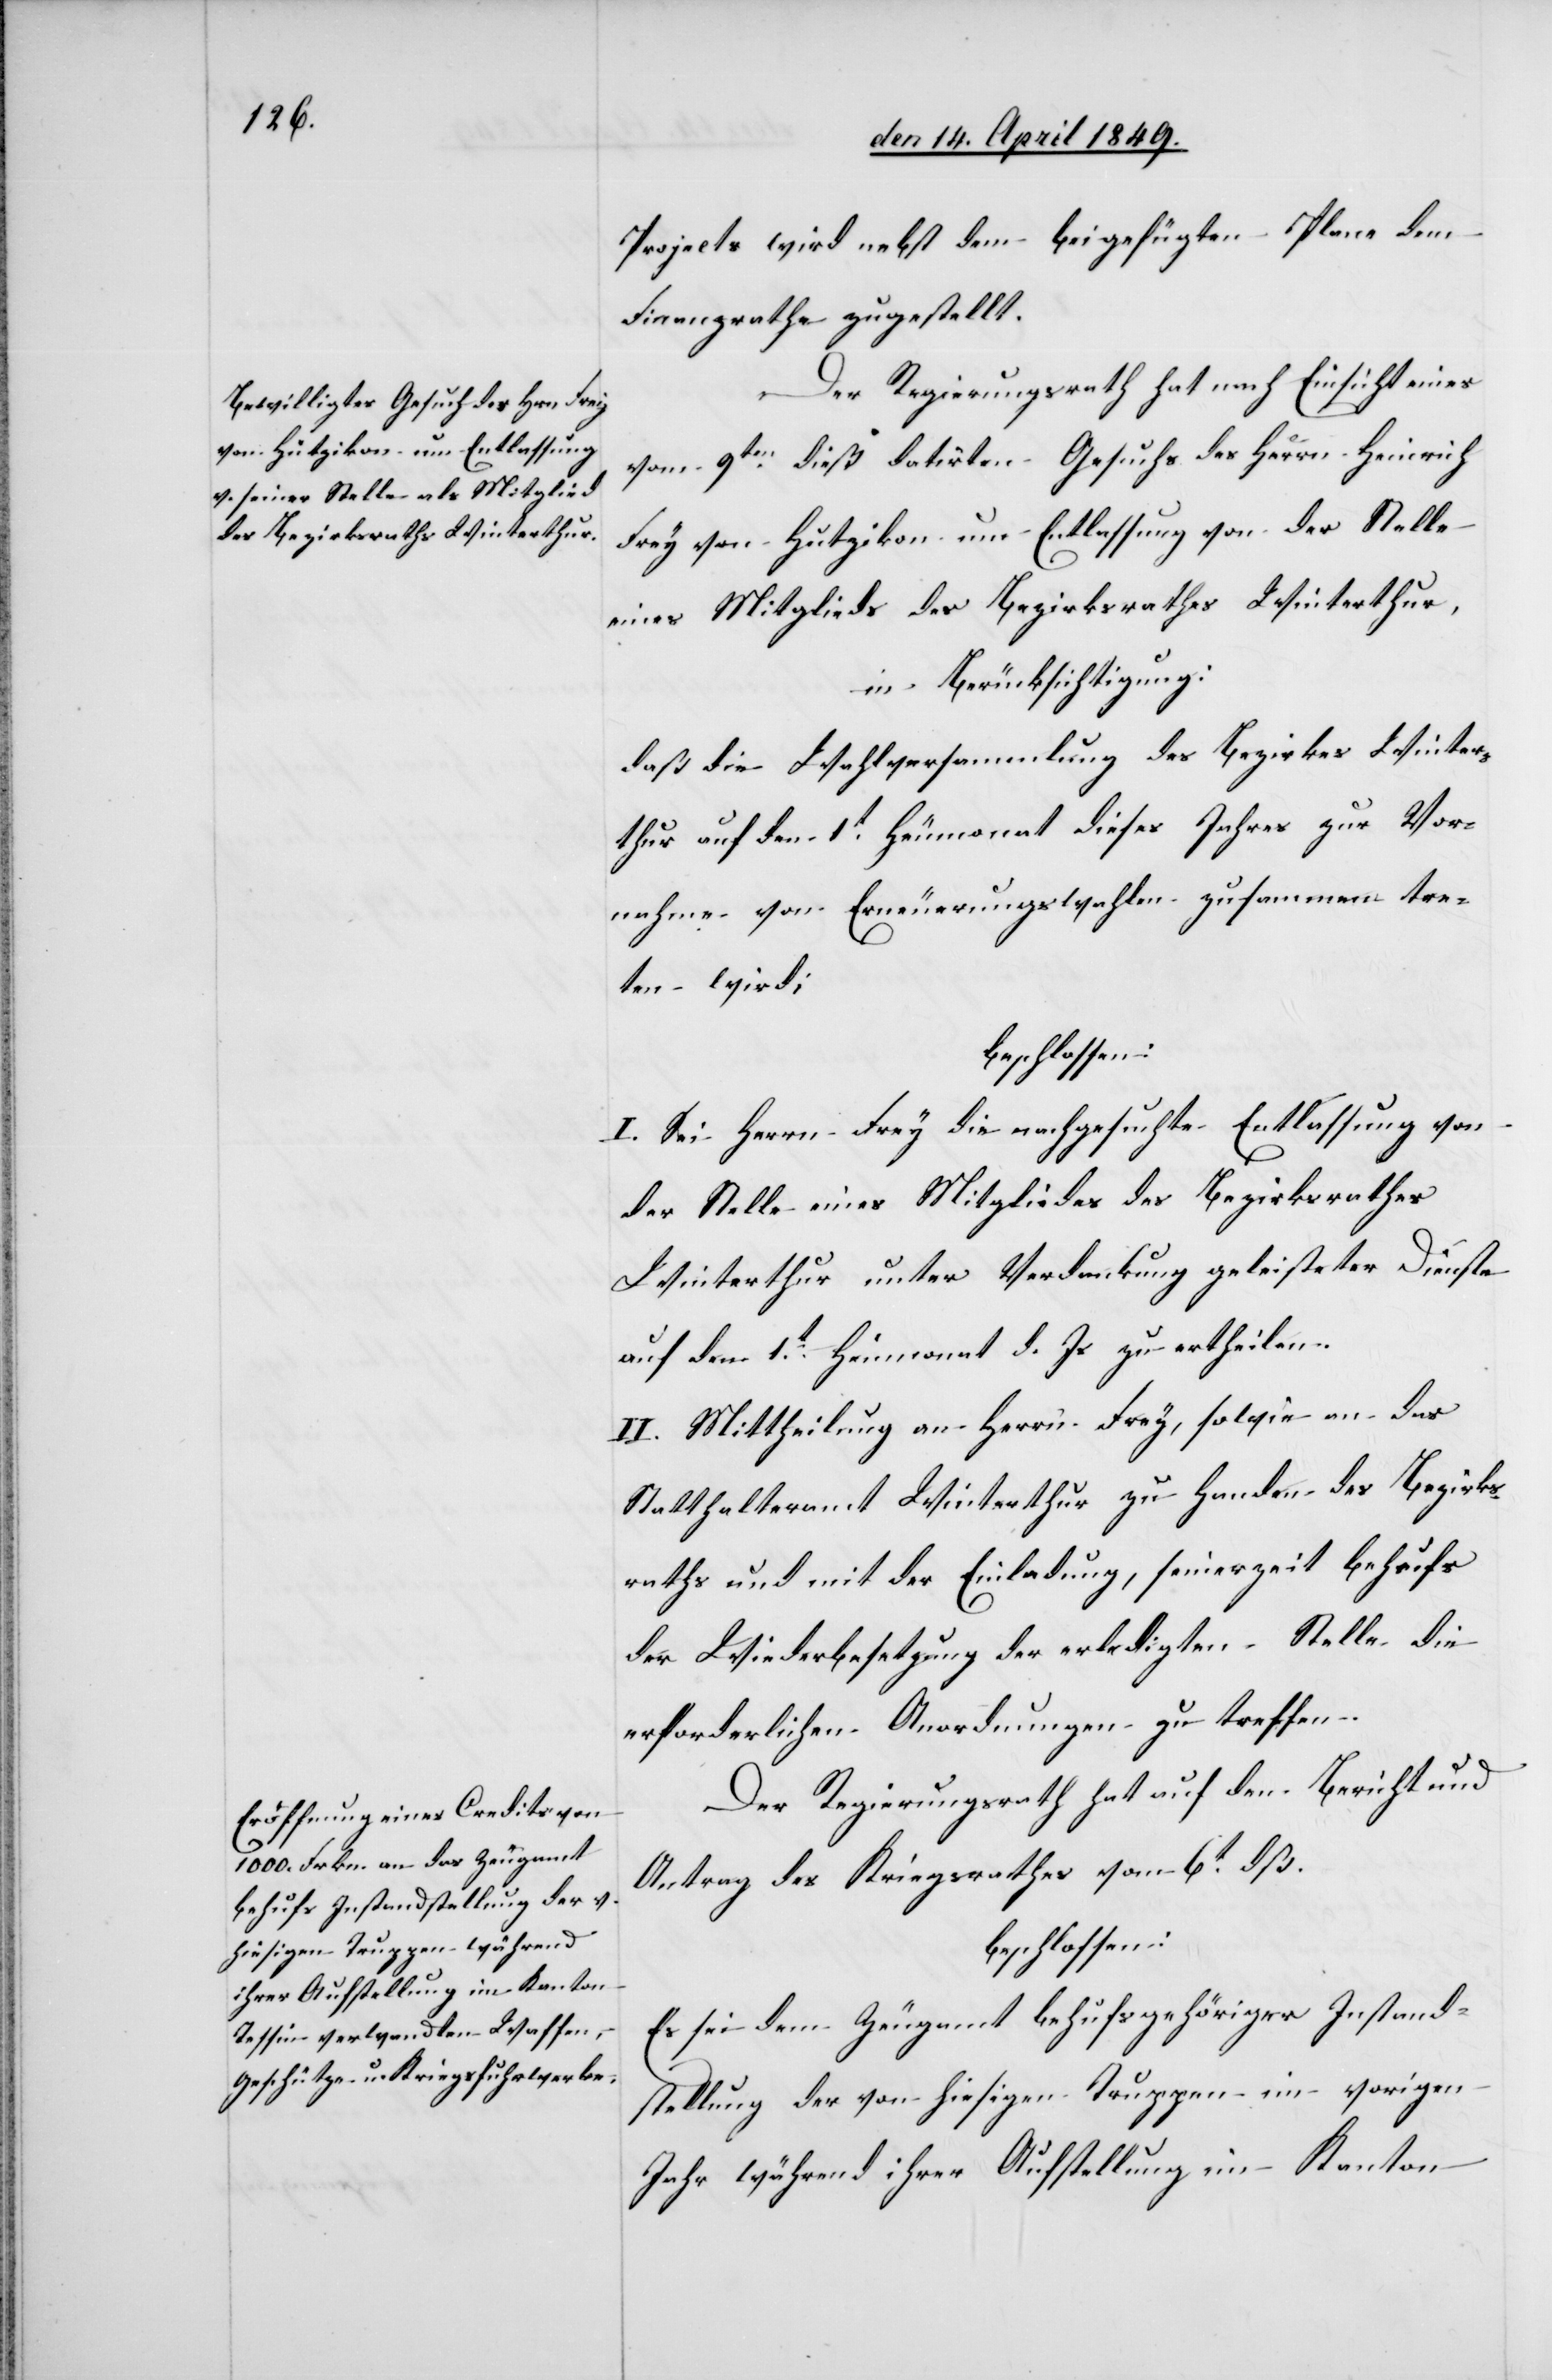
Projects wird nebst dem beigefügten Plane dem
Finanzrathe zugestellt.
Der Regierungsrath hat nach Einsicht eines
vom 9ten dieß datirten Gesuchs des Herrn Heinrich
Frey von Hutzikon um Entlassung von der Stelle
eines Mitglieds des Bezirksrathes Winterthur,
in Berücksichtigung:
daß die Wahlversammlung des Bezirkes Winter¬
thur auf den 1t Heumonat dieses Jahres zur Vor¬
nahme von Erneuerungswahlen zusammen tre¬
ten wird;
beschlossen:
I. Sei Herrn Frey die nachgesuchte Entlassung von
der Stelle eines Mitgliedes des Bezirksrathes
Winterthur unter Verdankung geleisteter Dienste
auf den 1t Heumonat d. Js. zu ertheilen.
II. Mittheilung an Herrn Frey, sowie an das
Statthalteramt Winterthur zu Handen des Bezirks¬
raths und mit der Einladung, seinerzeit behufs
der Wiederbesetzung der erledigten Stelle die
erforderlichen Anordnungen zu treffen.
Der Regierungsrath hat auf den Bericht und
Antrag des Kriegsrathes vom 6t dß.
beschlossen:
Es sei dem Zeugamt behufs gehöriger Instand¬
stellung der von hiesigen Truppen im vorigen
Jahr während ihrer Aufstellung im Kanton